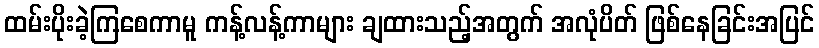
ထမ်းပိုးခဲ့ကြစေကာမူ ကန့်လန့်ကာများ ချထားသည့်အတွက် အလုံပိတ် ဖြစ်နေခြင်းအပြင်